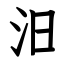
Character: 汨